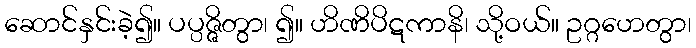
ဆောင်နှင်းခဲ့၍။ ပပ္ပဇ္ဇိတွာ၊ ၍။ ဟိဏိပိဋကာနိ၊ သို့ဝယ်။ ဥဂ္ဂဟေတွာ၊